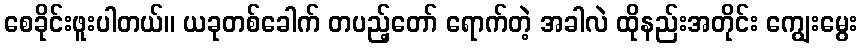
စေခိုင်းဖူးပါတယ်။ ယခုတစ်ခေါက် တပည့်တော် ရောက်တဲ့ အခါလဲ ထိုနည်းအတိုင်း ကျွေးမွေး